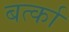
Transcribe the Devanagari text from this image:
बर्त्का